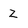
Character: Z